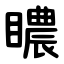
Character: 䁸